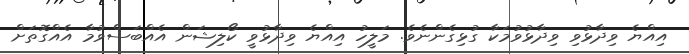
އިއްޔެ ވިދާޅުވި ވިދާޅުވުމަކާ ގުޅިގެންނެވެ. މަލީހު އިއްޔެ ވިދާޅުވީ ކޯލިޝަން އެއްބަސްވުމާ އެއްގޮތަށް